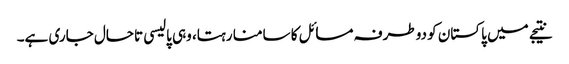
نتیجے میں پاکستان کو دوطرفہ مسائل کا سامنا رہتا، وہی پالیسی تاحال جاری ہے۔